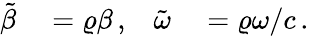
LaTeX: \begin{array}{rlrl}{\tilde{\beta}}&{{}=\varrho\beta\, ,}&{\tilde{\omega}}&{{}=\varrho\omega/c\, .}\end{array}